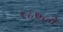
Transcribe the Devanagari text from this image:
१८७८ते